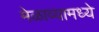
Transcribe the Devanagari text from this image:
मेळाव्यामध्ये